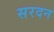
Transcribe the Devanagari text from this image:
सरदन